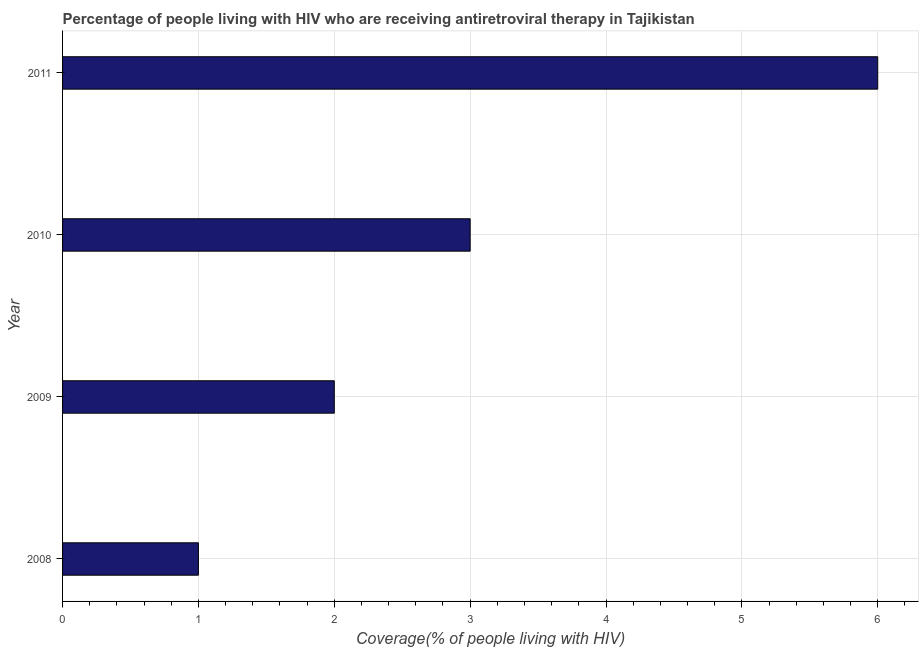
| Year | Antiretroviral therapy coverage |
 | --- | --- |
 | 2008 | 1 |
 | 2009 | 2 |
 | 2010 | 3 |
 | 2011 | 6 |